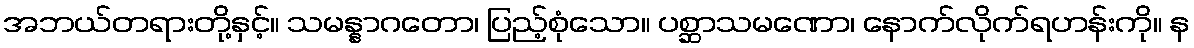
အဘယ်တရားတို့နှင့်။ သမန္နာဂတော၊ ပြည့်စုံသော။ ပစ္ဆာသမဏော၊ နောက်လိုက်ရဟန်းကို။ န